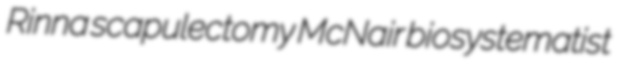
Rinna scapulectomy McNair biosystematist